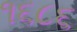
૧૬૮૬